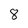
Character: 8